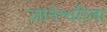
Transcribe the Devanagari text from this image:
ज्ञानेश्वरीला